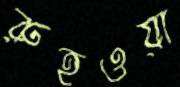
রুহওয়া